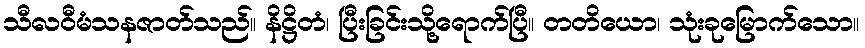
သီလဝီမံသနဇာတ်သည်။ နိဋ္ဌိတံ၊ ပြီးခြင်းသို့ရောက်ပြီ။ တတိယော၊ သုံးခုမြောက်သော။